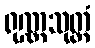
ရုဏ္ဏသုတ္တံ